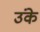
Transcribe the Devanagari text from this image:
उंके